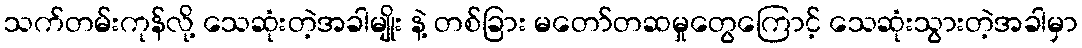
သက်တမ်းကုန်လို့ သေဆုံးတဲ့အခါမျိုး နဲ့ တစ်ခြား မတော်တဆမှုတွေကြောင့် သေဆုံးသွားတဲ့အခါမှာ